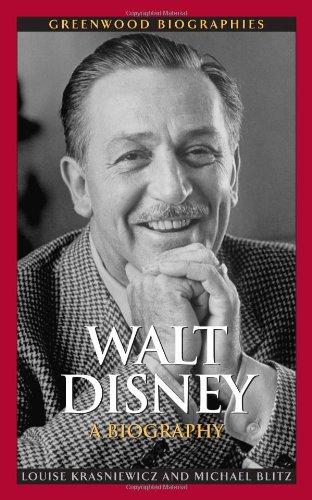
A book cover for Walt Disney: A Biography (Greenwood Biographies); Louise Krasniewicz; Business & Money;